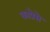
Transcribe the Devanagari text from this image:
काप्रेसे